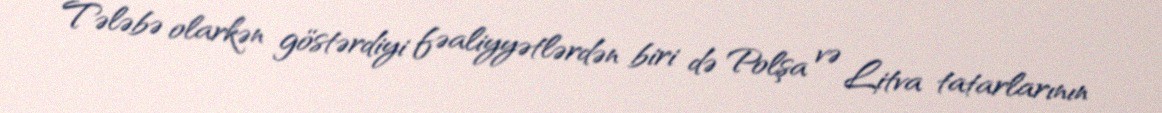
Tələbə olarkən göstərdiyi fəaliyyətlərdən biri də Polşa və Litva tatarlarının